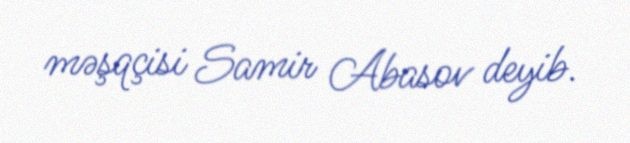
məşqçisi Samir Abasov deyib.